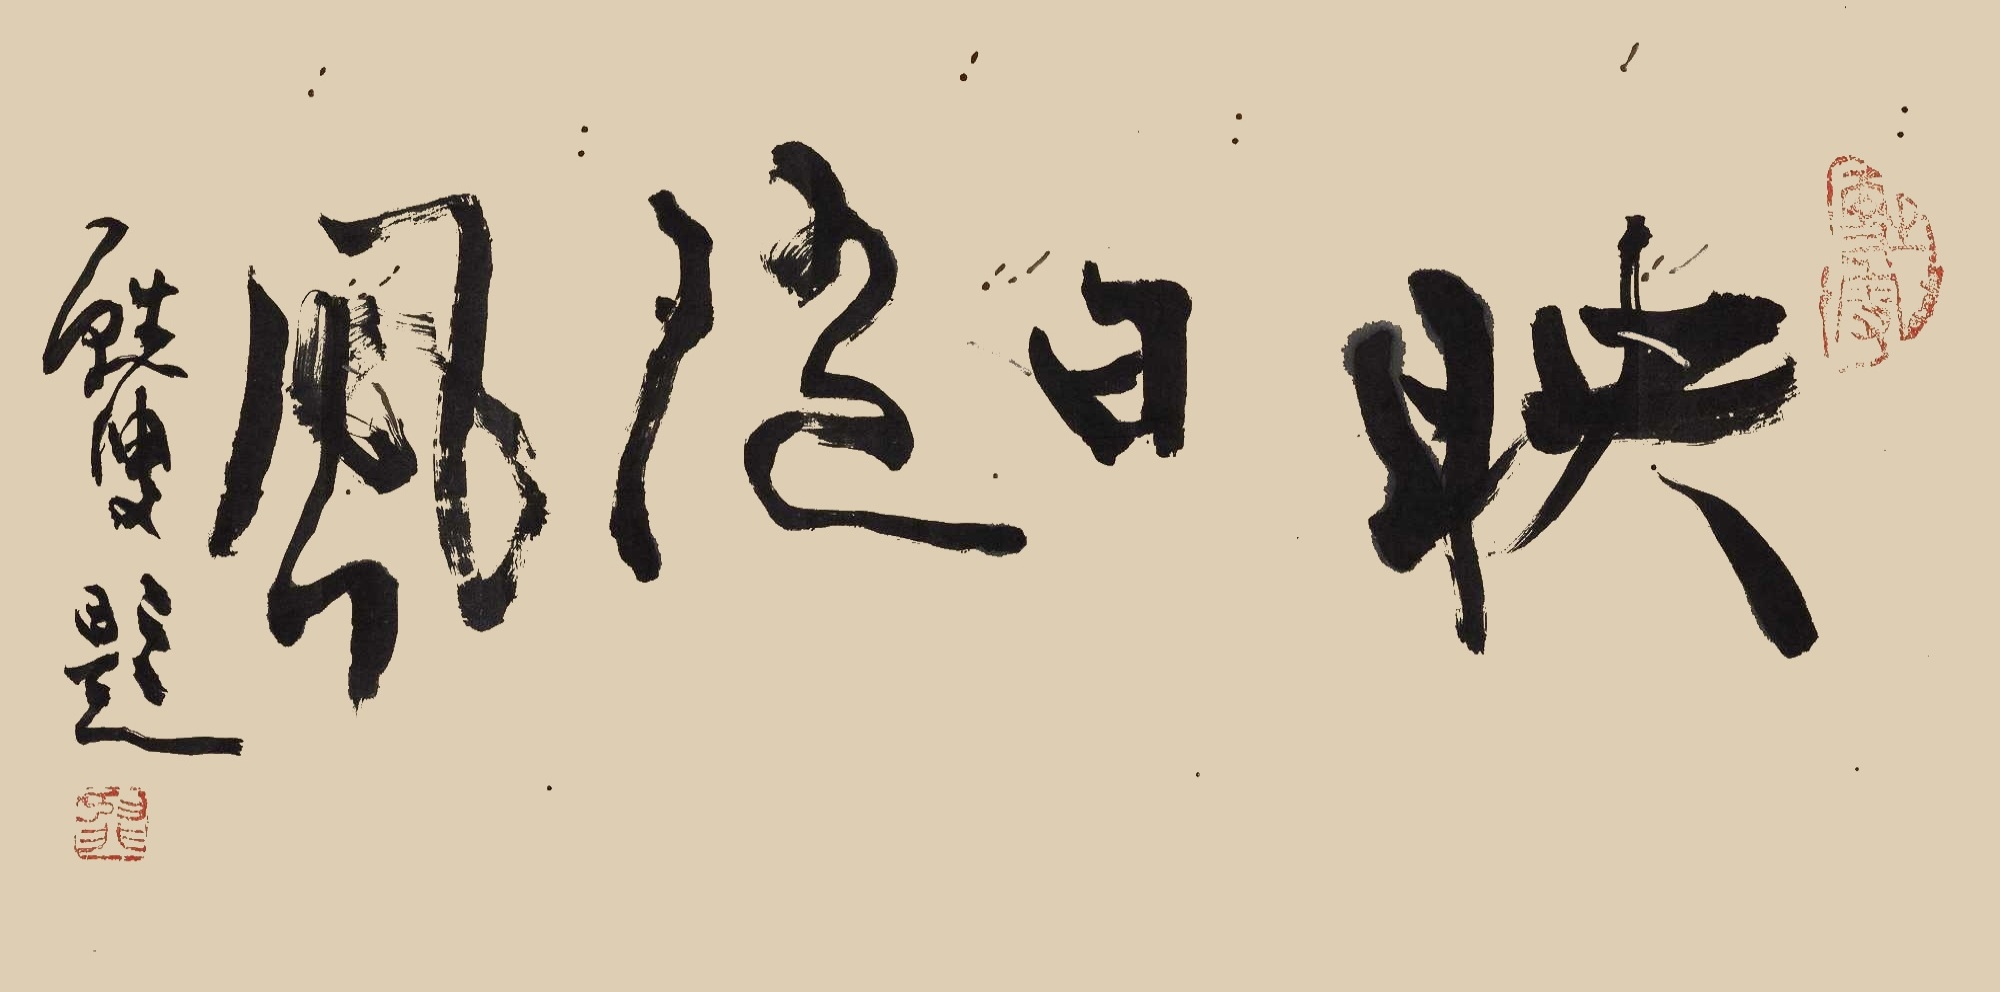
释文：映日随风苏叟题。